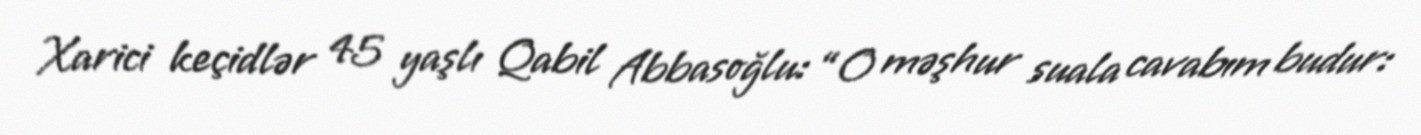
Xarici keçidlər 45 yaşlı Qabil Abbasoğlu: “O məşhur suala cavabım budur: